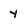
Character: y